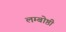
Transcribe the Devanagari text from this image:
लम्बोष्ठी